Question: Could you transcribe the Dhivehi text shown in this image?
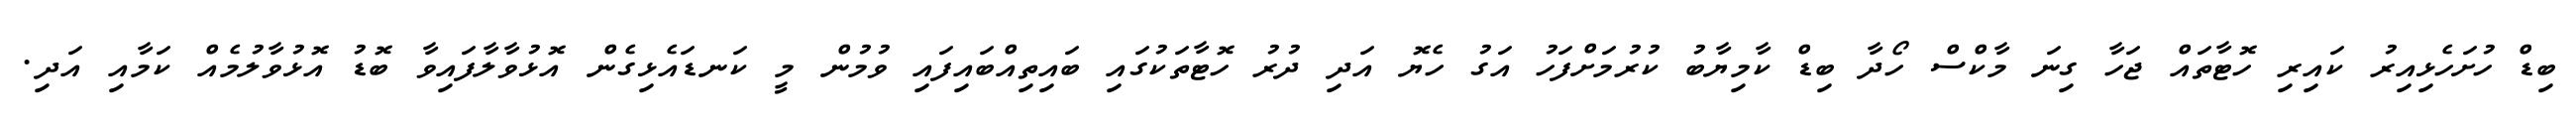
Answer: ބިޑް ހުށަހެޅިއިރު ކައިރި ހޮޓާތައް ޖަހާ ގިނަ މާކްސް ހޯދާ ބިޑް ކާމިޔާބު ކުރުމަށްފަހު އަގު ހެޔޮ އަދި ދުރު ހޮޓާތަކުގައި ބައިތިއްބައިފައި ވުމުން މީ ކަނޑައެޅިގެން އޮޅުވާލާފައިވާ ބޮޑު އޮޅުވާލުމެއް ކަމާއި އަދި.